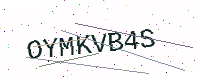
Text: OYMKVB4S